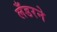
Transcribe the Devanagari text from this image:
लँडरने